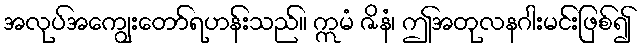
အလုပ်အကျွေးတော်ရဟန်းသည်။ ဣမံ ဇိနံ၊ ဤအတုလနဂါးမင်းဖြစ်၍